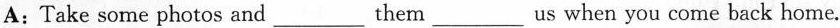
A:Take some photos and ___them__